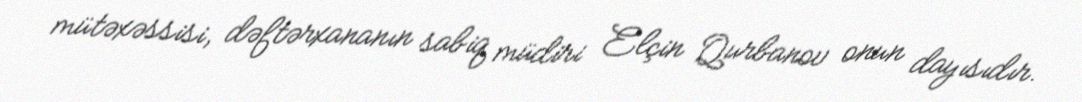
mütəxəssisi, dəftərxananın sabiq müdiri Elçin Qurbanov onun dayısıdır.